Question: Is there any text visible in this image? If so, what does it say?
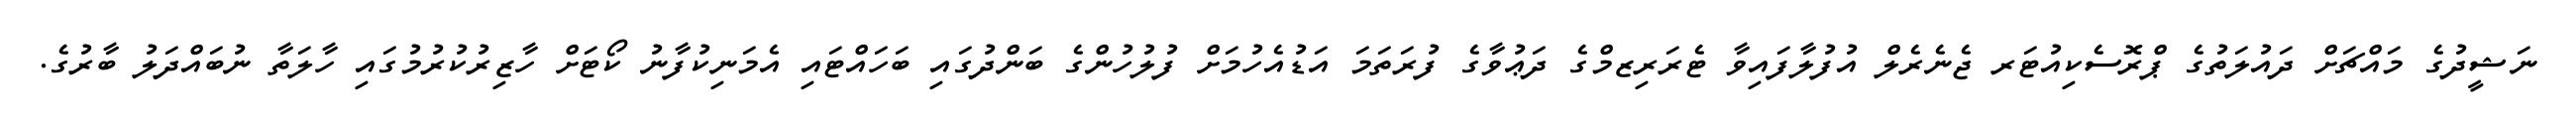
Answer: ނަޝީދުގެ މައްޗަށް ދައުލަތުގެ ޕްރޮސެކިއުޓަރ ޖެނެރެލް އުފުލާފައިވާ ޓެރަރިޒމްގެ ދަޢުވާގެ ފުރަތަމަ އަޑުއެހުމަށް ފުލުހުންގެ ބަންދުގައި ބަހައްޓައި އެމަނިކުފާނު ކޯޓަށް ހާޒިރުކުރުމުގައި ހާލަތާ ނުބައްދަލު ބާރުގެ.